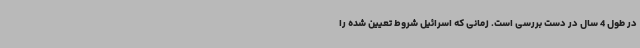
در طول 4 سال در دست بررسی است. زمانی که اسرائیل شروط تعیین شده را